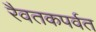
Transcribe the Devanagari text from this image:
रैवतकपर्वत